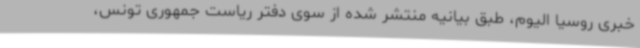
خبری روسیا الیوم، طبق بیانیه منتشر شده از سوی دفتر ریاست جمهوری تونس،